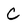
Character: C